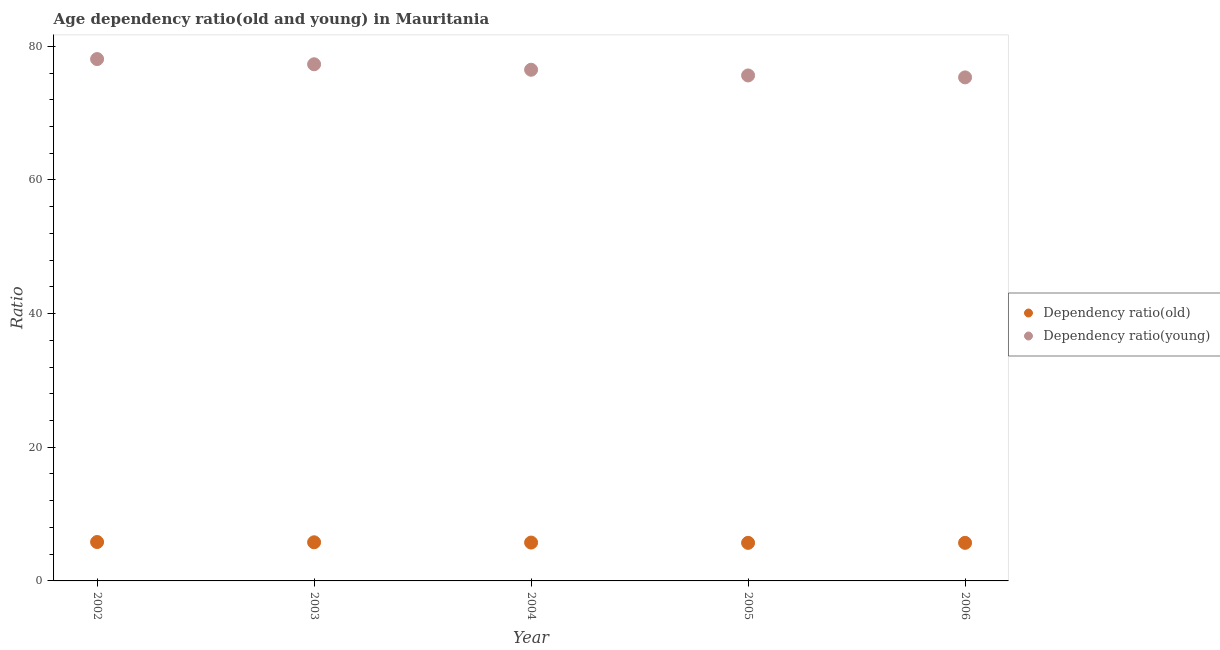
| Year | Dependency ratio(old) | Dependency ratio(young) |
 | --- | --- | --- |
 | 2002 | 5.82 | 78.1 |
 | 2003 | 5.78 | 77.3 |
 | 2004 | 5.74 | 76.5 |
 | 2005 | 5.7 | 75.6 |
 | 2006 | 5.7 | 75.3 |